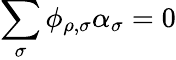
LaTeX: \sum_{\sigma}\phi_{\rho,\sigma}\alpha_{\sigma}=0